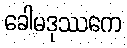
ခေါမဒုဿကေ